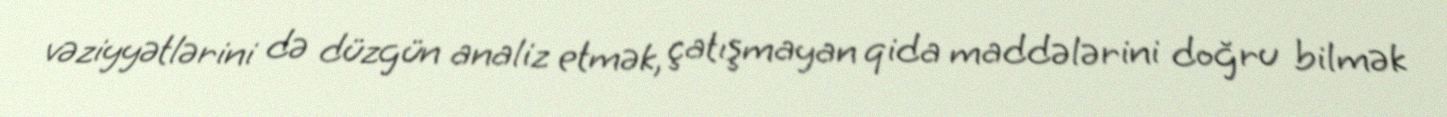
vəziyyətlərini də düzgün analiz etmək, çatışmayan qida maddələrini doğru bilmək